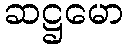
ဆဋ္ဌမော